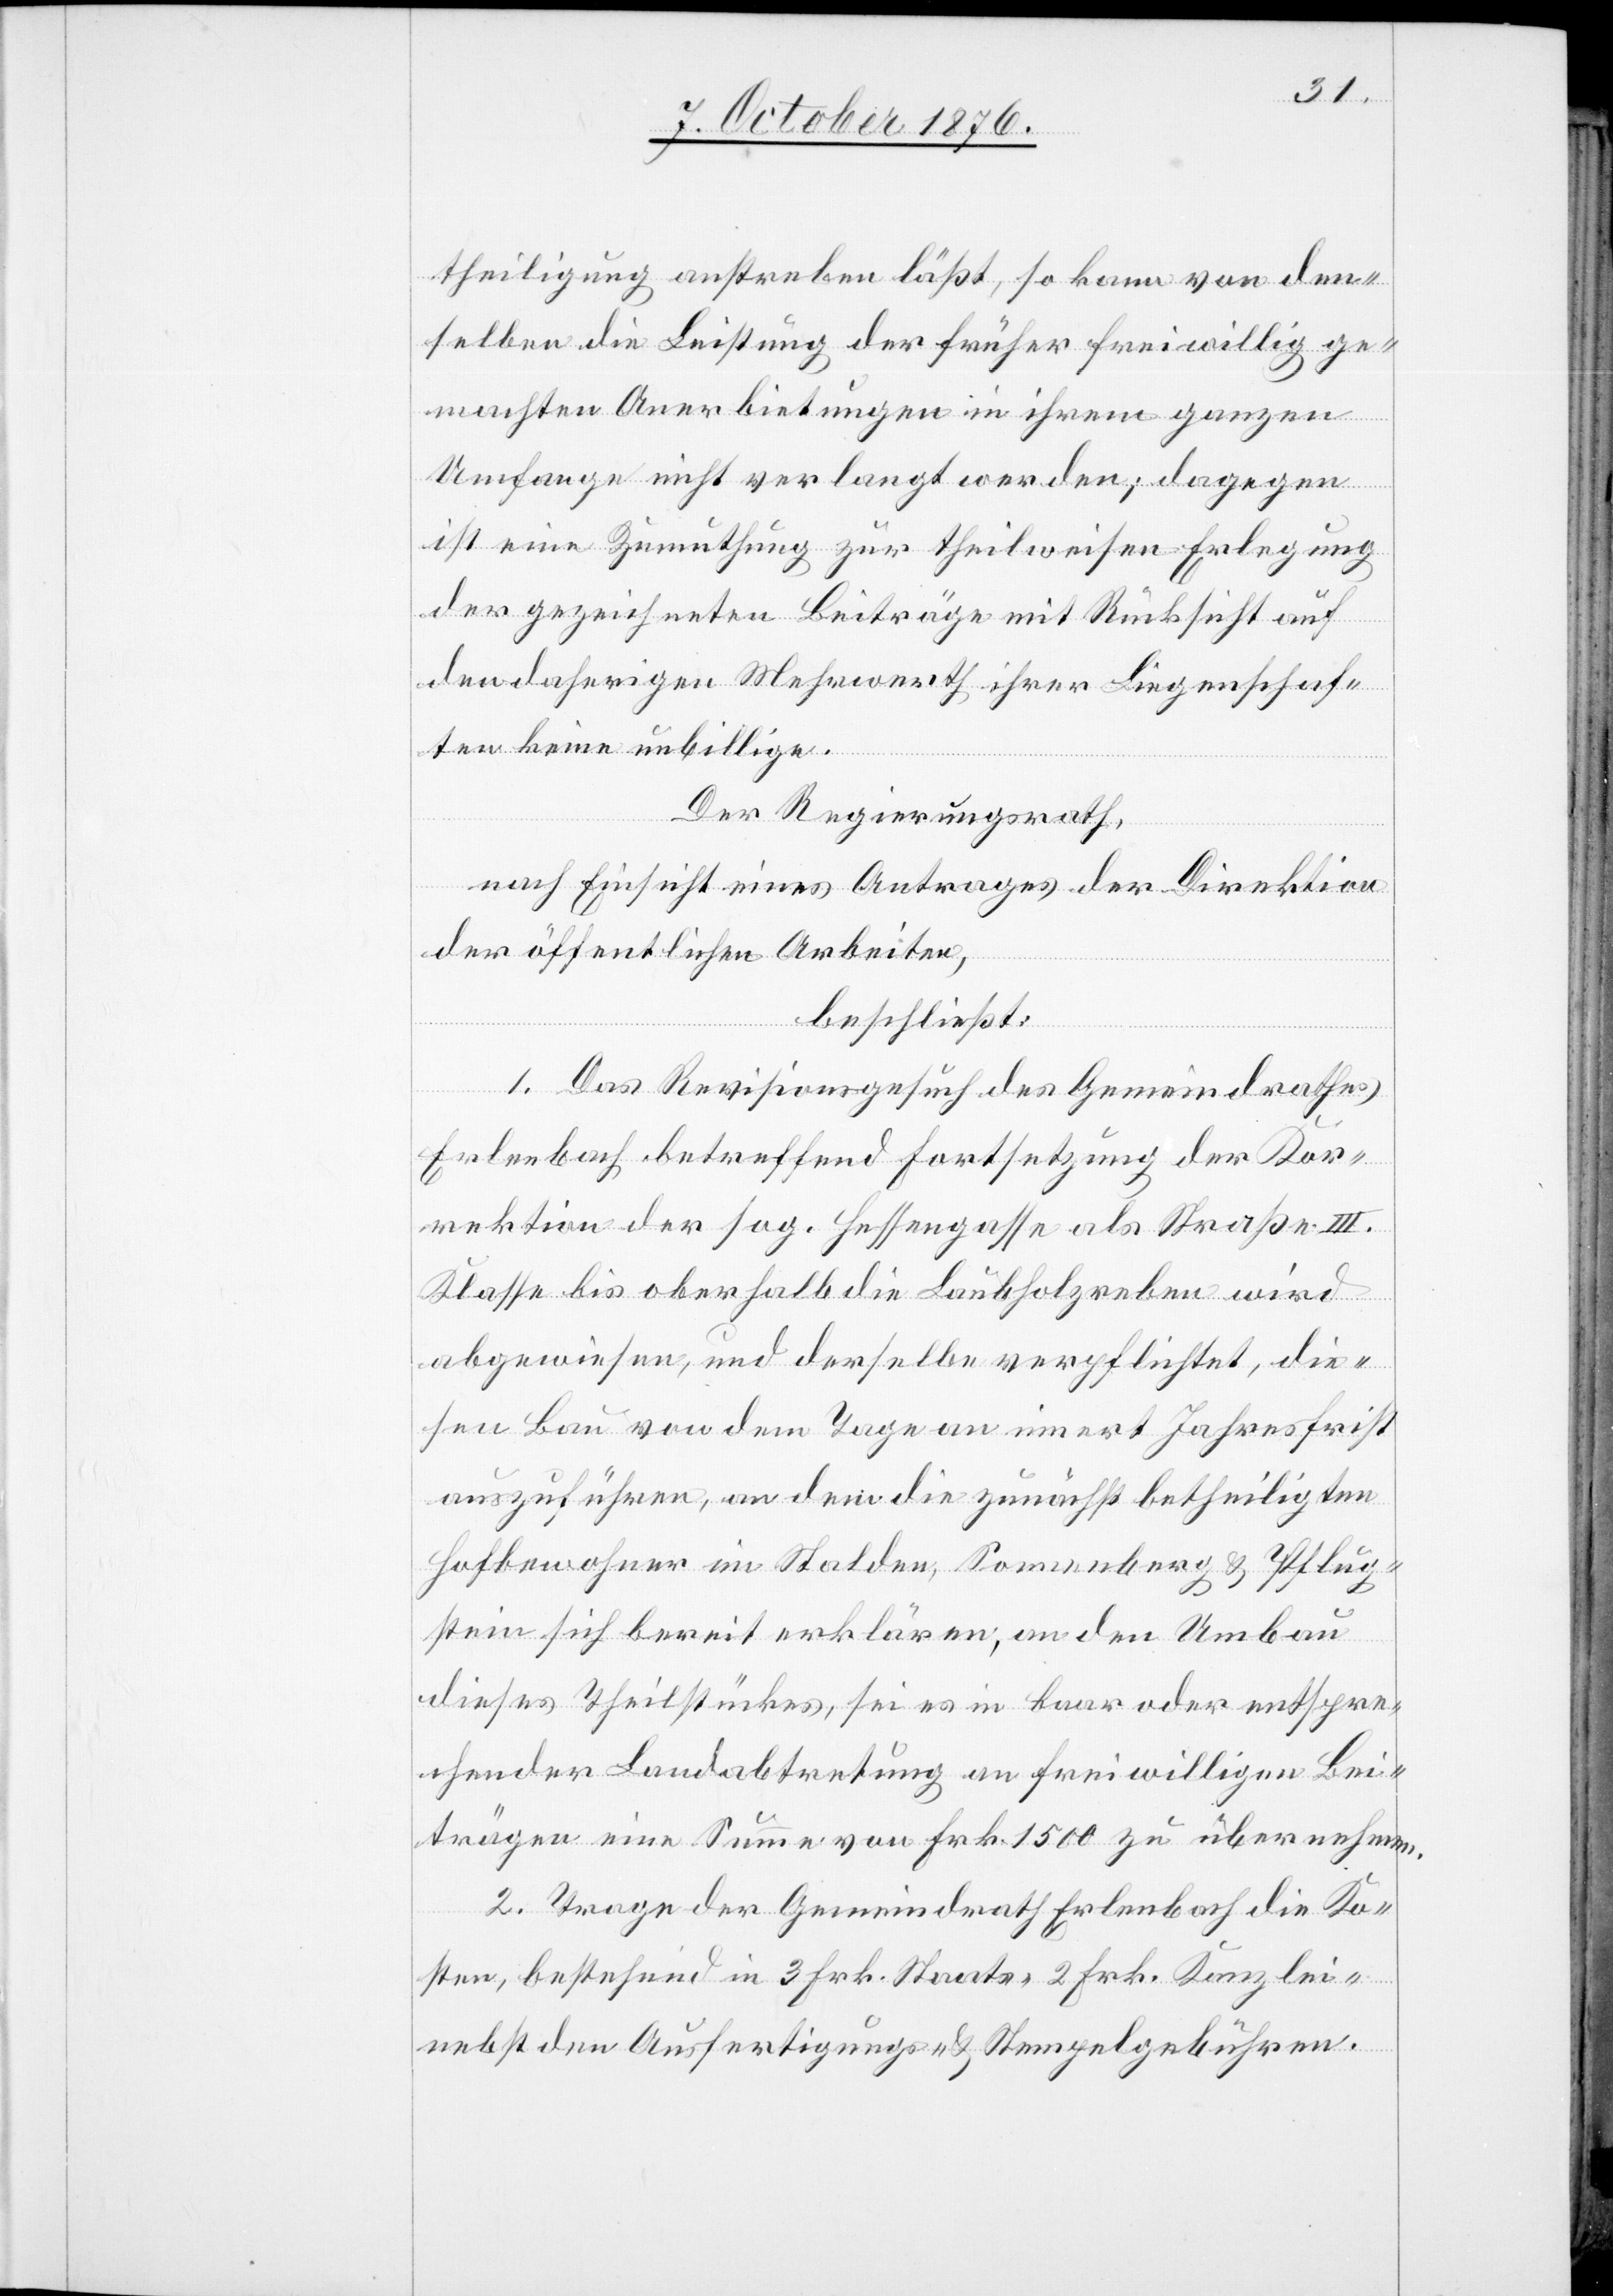
theiligung anstreben läßt, so kann von den¬
selben die Leistung der früher freiwillig ge¬
machten Anerbietungen in ihrem ganzen
Umfange nicht verlangt werden; dagegen
ist eine Zumuthung zur theilweisen Erlegung
der gezeichneten Beiträge mit Rücksicht auf
den daherigen Mehrwerth ihrer Liegenschaf¬
ten keine unbillige.
Der Regierungsrath,
nach Einsicht eines Antrages der Direktion
der öffentlichen Arbeiten,
beschließt:
1. Das Revisionsgesuch des Gemeindrathes
Erlenbach betreffend Fortsetzung der Kor¬
rektion der sog. Hessengasse als Straße III.
Klasse bis oberhalb die Laubholzreben wird
abgewiesen, und derselbe verpflichtet, die¬
sen Bau von dem Tage an innert Jahresfrist
auszuführen, an dem die zunächst betheiligten
Hofbewohner im Stalden, Sonnenberg & Pflug¬
stein sich bereit erklären, an den Umbau
dieses Theilstückes, sei es in baar oder entspre¬
chender Landabtretung an freiwilligen Bei¬
trägen eine Summe von Frk. 1500 zu übernehmen.
2. Trage der Gemeindrath Erlenbach die Ko¬
sten, bestehend in 3 Frk. Staats- 2 Frk. Kanzlei-
nebst den Ausfertigungs- und Stempelgebühren.